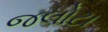
જલોટા